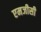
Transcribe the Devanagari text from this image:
एमजीसी